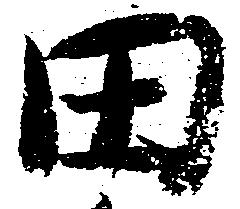
田